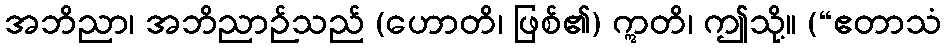
အဘိညာ၊ အဘိညာဉ်သည် (ဟောတိ၊ ဖြစ်၏) ဣတိ၊ ဤသို့။ (“ဧတာသံ